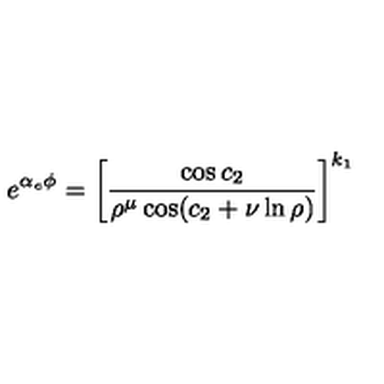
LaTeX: e ^ { \alpha _ { e } \phi } = \left[ { \frac { \cos { c _ { 2 } } } { \rho ^ { \mu } \cos ( { c _ { 2 } + \nu \ln \rho ) } } } \right] ^ { k _ { 1 } }